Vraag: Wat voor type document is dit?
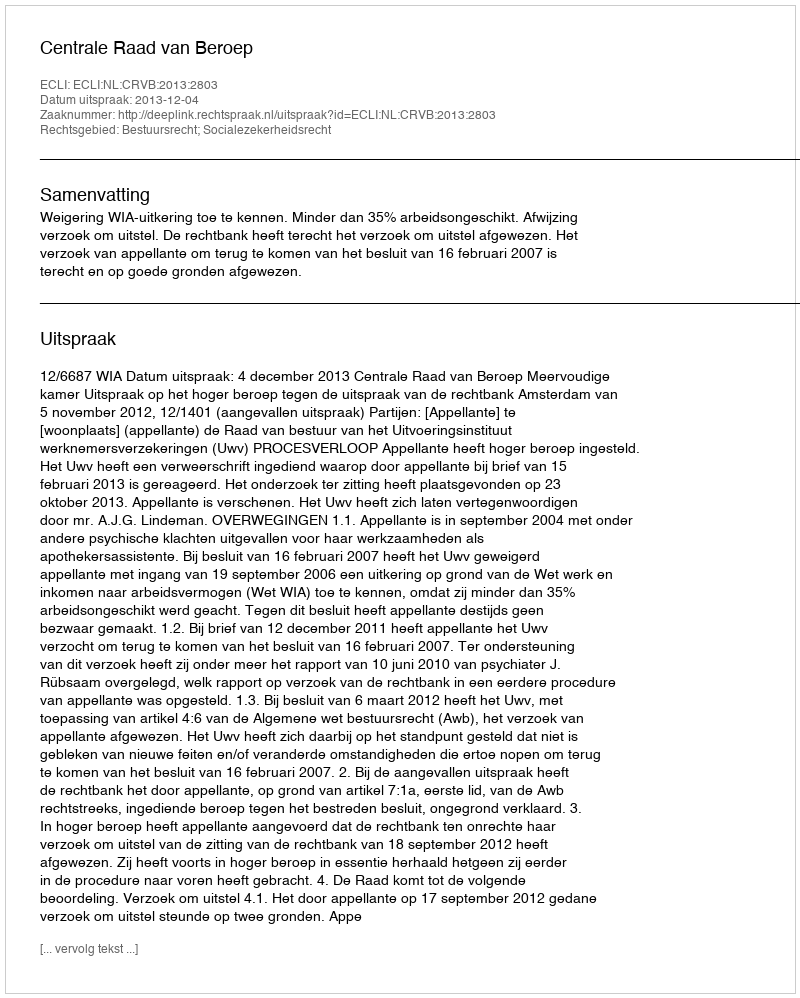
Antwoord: Uitspraak